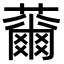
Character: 䕥